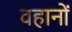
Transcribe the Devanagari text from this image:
वहानों